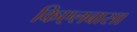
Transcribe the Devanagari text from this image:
किएलबासा